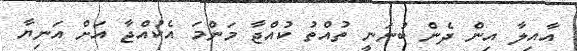
އާއިލާ އިން ދެން ބުނަނީ ތުއްތު ކުއްޖާ މަންމަ އެކުއްޖާ އަށް އަނިޔާ